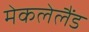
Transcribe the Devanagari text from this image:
मेकलेलैंड